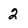
Character: 2